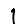
Digit: 1